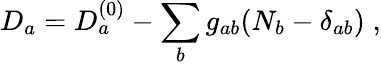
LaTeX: D_{a}=D_{a}^{(0)}-\sum_{b}g_{ab}(N_{b}-\delta_{ab})\; ,